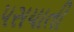
પસયાતી